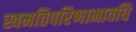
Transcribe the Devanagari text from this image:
स्वमतिपरिणामावधि